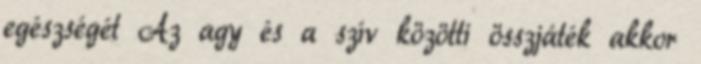
egészségét Az agy és a szív közötti összjáték akkor